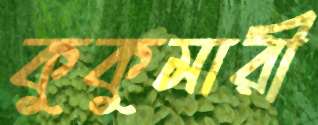
কুকুমারী